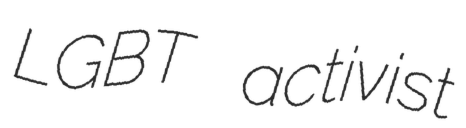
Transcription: LGBT activist